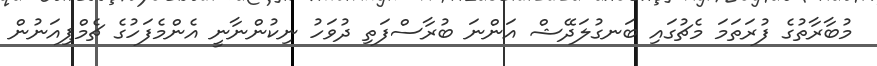
މުބާރާތުގެ ފުރަތަމަ މެޗުގައި ބަނގުލަދޭޝް އަންނަ ބުރާސްފަތި ދުވަހު ނިކުންނާނީ އެންމެފަހުގެ ޗެމްޕިއަނުން